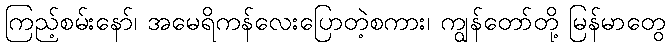
ကြည့်စမ်းနော်၊ အမေရိကန်လေးပြောတဲ့စကား၊ ကျွန်တော်တို့ မြန်မာတွေ